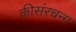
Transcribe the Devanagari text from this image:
कीसंरचना